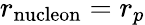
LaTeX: r_{\mathrm{nucleon}}=r_{p}